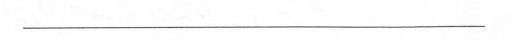
___